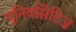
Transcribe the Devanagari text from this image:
यूनिवर्सिटिज़